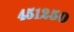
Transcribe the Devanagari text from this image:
४५१२५०